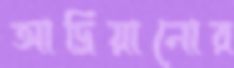
আদ্রিয়ানোর